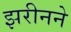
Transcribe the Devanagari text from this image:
झरीनने